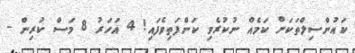
ކައުންސިލްތަކަށް ކަމެއް ނުކުރެވި ކަންފަތިވެފައި! 4 އަހަރު 8 މަސް ކުރިން -